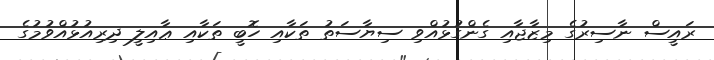
ރައީސް ނާސިރުގެ މިޒާޖާއި ގެންގުޅުއްވި ސިޔާސަތު ތަކާއި ހޮބީ ތަކާއި ޢާއިލީ ދިރިއުޅުއްވުމުގެ